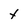
Character: t